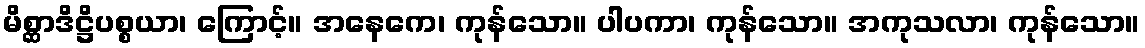
မိစ္ဆာဒိဋ္ဌိပစ္စယာ၊ ကြောင့်။ အနေကေ၊ ကုန်သော။ ပါပကာ၊ ကုန်သော။ အကုသလာ၊ ကုန်သော။